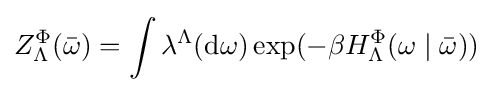
Z_{\Lambda }^{\Phi }({\bar {\omega }})=\int \lambda ^{\Lambda }(\mathrm {d} \omega )\exp(-\beta H_{\Lambda }^{\Phi }(\omega \mid {\bar {\omega }}))